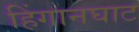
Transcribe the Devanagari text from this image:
हिंगानघाट